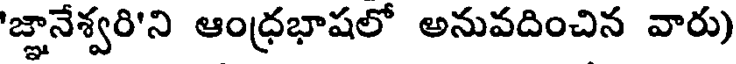
'జ్ఞానేశ్వరి'ని ఆంధ్రభాషలో అనువదించిన వారు)